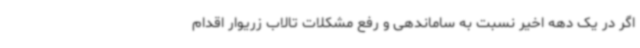
اگر در یک دهه اخیر نسبت به ساماندهی و رفع مشکلات تالاب زریوار اقدام